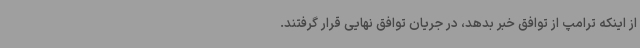
از اینکه ترامپ از توافق خبر بدهد، در جریان توافق نهایی قرار گرفتند.